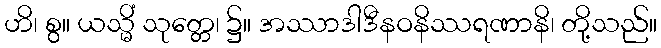
ဟိ၊ စွ။ ယသ္မိံ သုတ္တေ၊ ၌။ အဿာဒါဒီနဝနိဿရဏာနိ၊ တို့သည်။